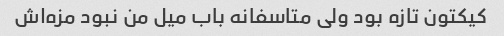
کیکتون تازه بود ولی متاسفانه باب میل من نبود مزه‌اش